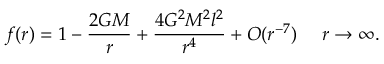
f ( r ) = 1 - \frac { 2 G M } { r } + \frac { 4 G ^ { 2 } M ^ { 2 } l ^ { 2 } } { r ^ { 4 } } + { \cal O } ( r ^ { - 7 } ) ~ ~ ~ ~ r \rightarrow \infty .